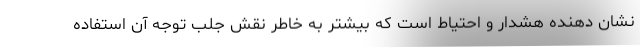
نشان دهنده هشدار و احتیاط است که بیشتر به خاطر نقش جلب توجه آن استفاده